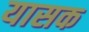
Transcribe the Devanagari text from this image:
यासक